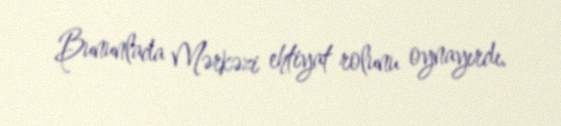
Bununlada Mərkəzi ehtiyat rolunu oynayırdı.